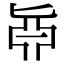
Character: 𠤛